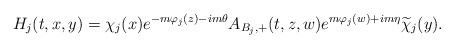
\begin{align*} H_j(t,x,y)=\chi_j(x)e^{-m\varphi_j(z)-im\theta}A_{B_j,+}(t,z,w)e^{m\varphi_j(w)+im\eta}\widetilde\chi_j(y).\end{align*}